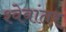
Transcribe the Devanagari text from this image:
श्वेबांतर